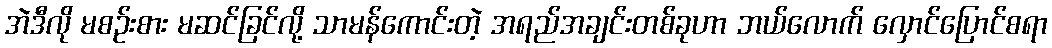
အဲဒီလို မစဉ်းစား မဆင်ခြင်လို့ သာမန်ကောင်းတဲ့ အရည်အချင်းတစ်ခုဟာ ဘယ်လောက် လှောင်ပြောင်စရာ